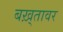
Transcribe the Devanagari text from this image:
बख़्तावर